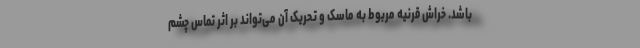
باشد. خراش قرنیه مربوط به ماسک و تحریک آن می‌تواند بر اثر تماس چشم